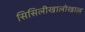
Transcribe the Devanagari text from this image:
सिसिलीखालोखाल